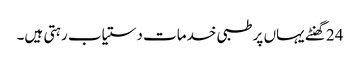
24 گھنٹے یہاں پر طبی خدمات دستیاب رہتی ہیں۔